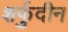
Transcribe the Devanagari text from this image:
शर्फुदीन